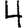
Digit: 4